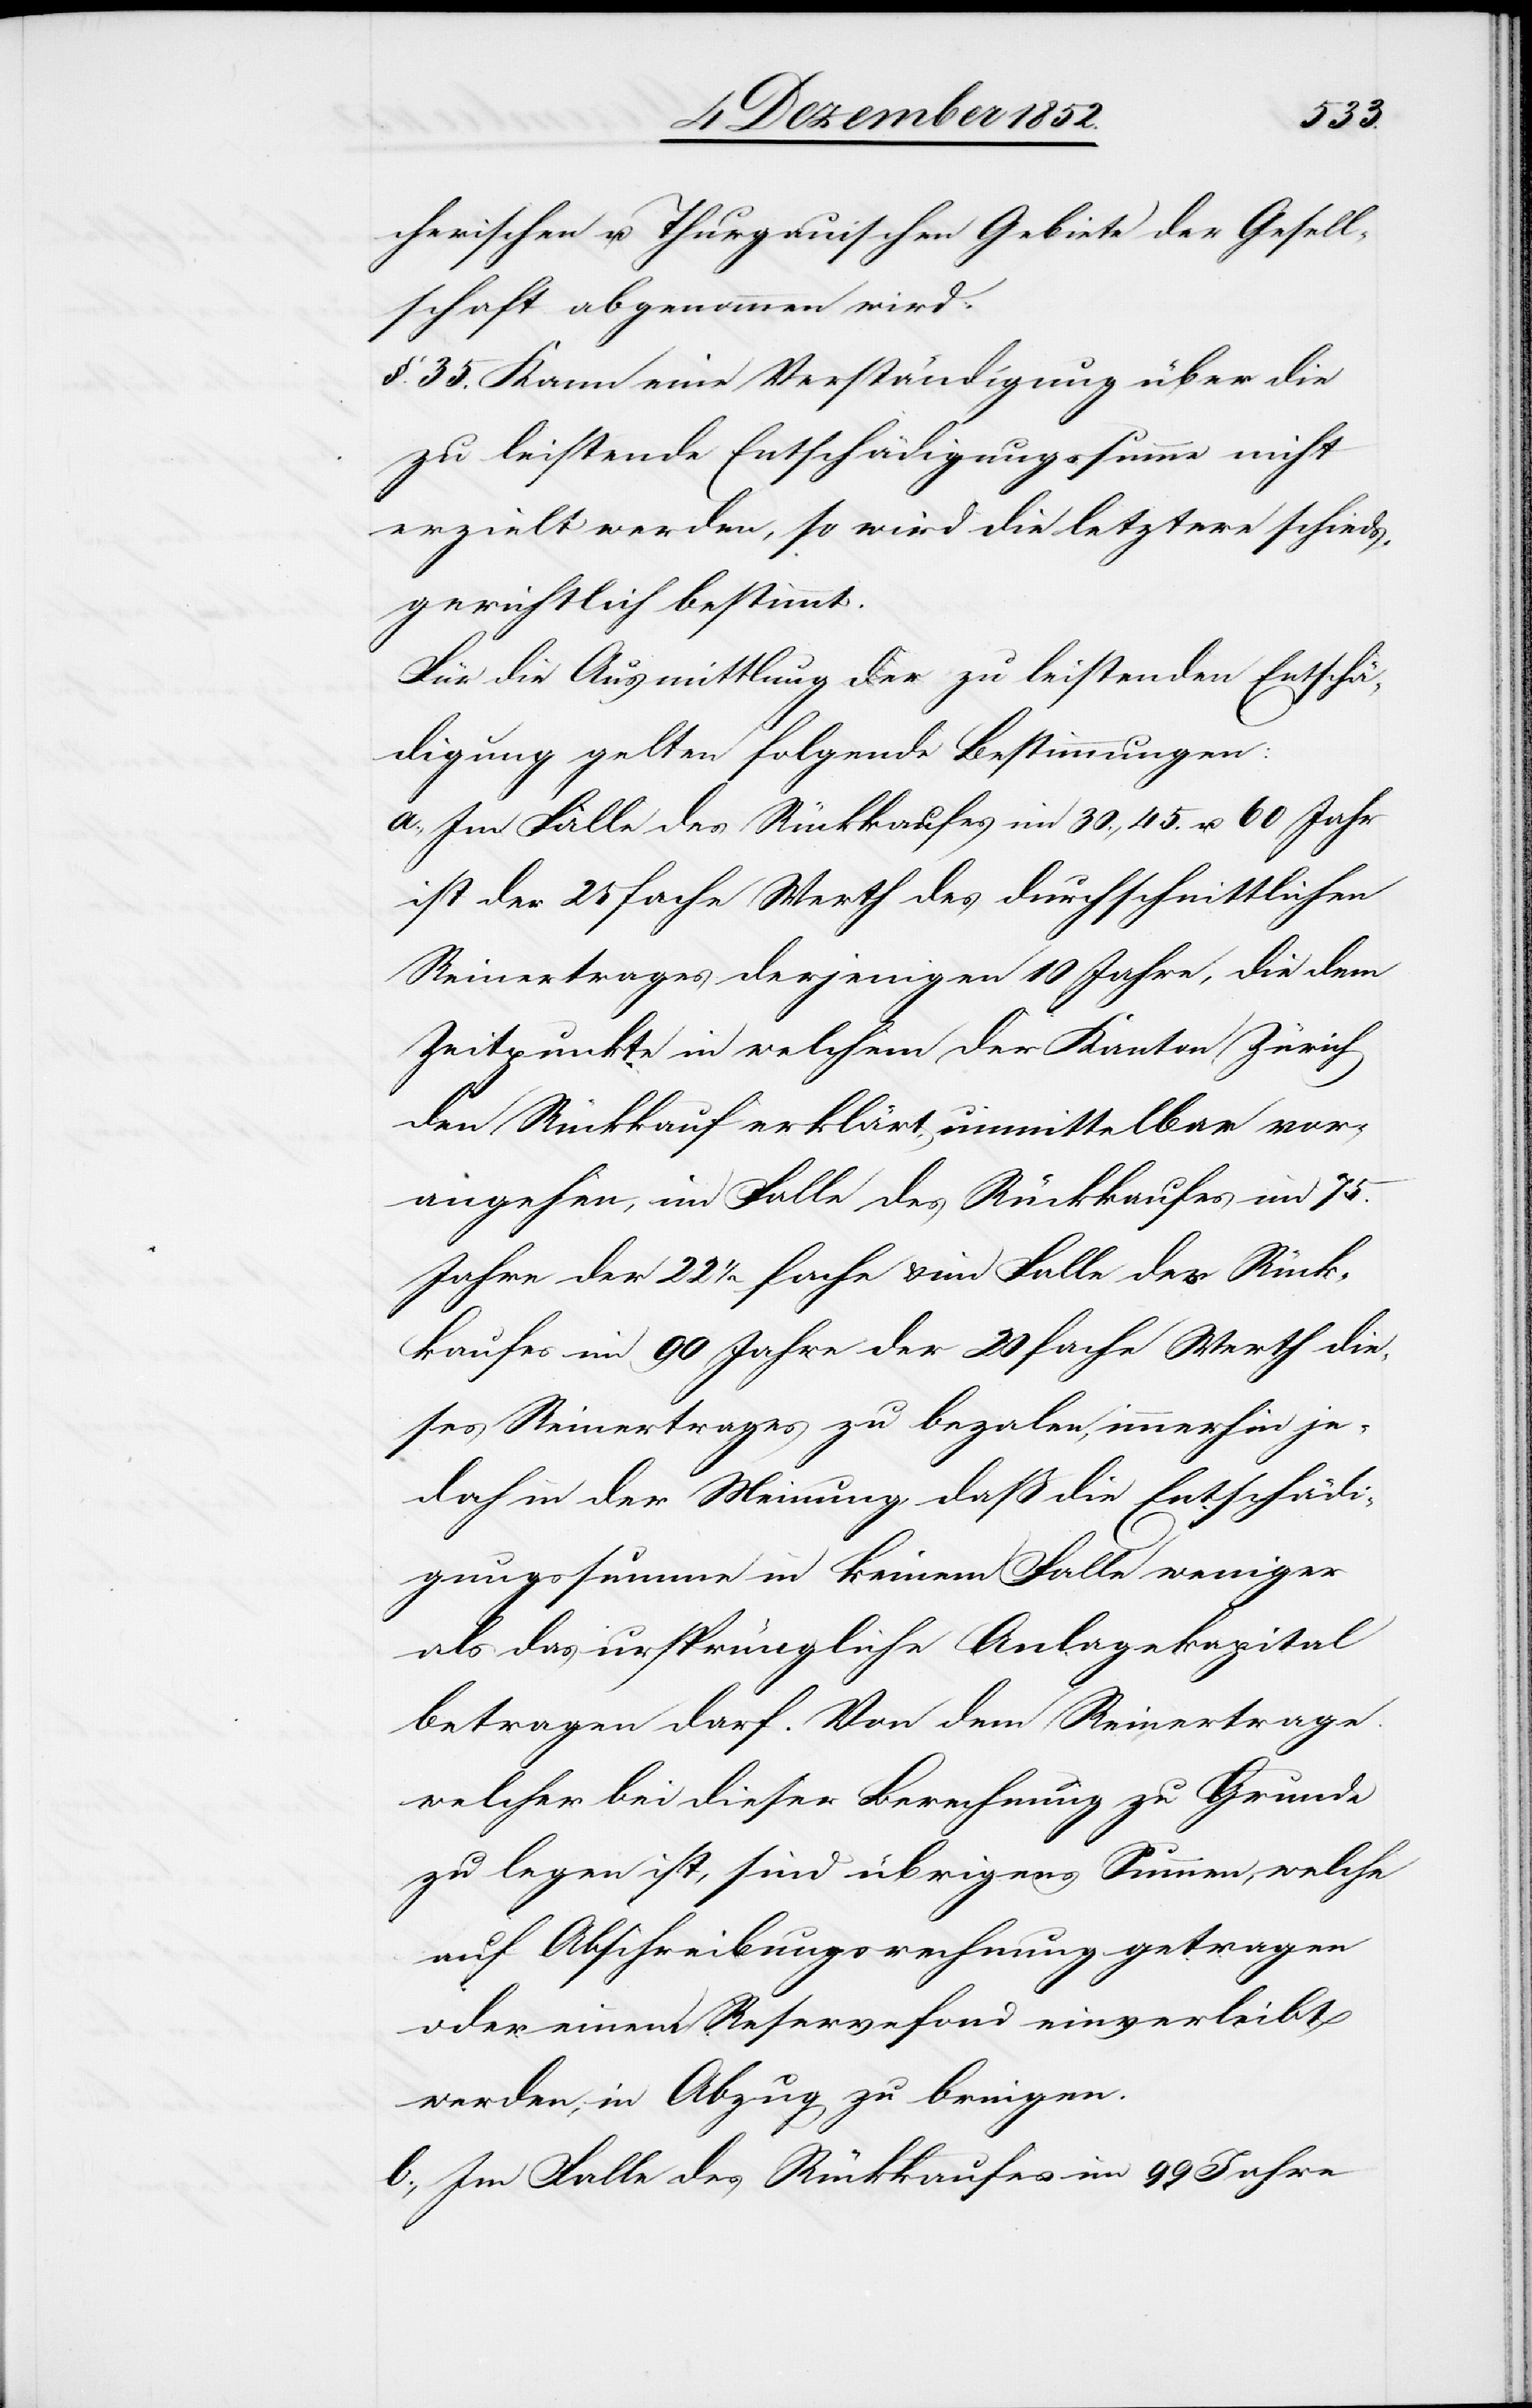
cherischen u. Thurgauischen Gebiete der Gesell¬
schaft abgenommen wird.
§. 35. Kann eine Verständigung über die
zu leistende Entschädigungssumme nicht
erzielt werden, so wird die letztere schieds¬
gerichtlich bestimmt.
Für die Ausmittlung der zu leistenden Entschä¬
digung gelten folgende Bestimmungen:
a., Im Falle des Rückkaufes im 30., 45. u. 60 Jahr
ist der 25 fache Werth des durchschnittlichen
Reinertrages derjenigen 10 Jahre, die dem
Zeitpunkte in welchem der Kanton Zürich
den Rückkauf erklärt, unmittelbar vor¬
angehen, im Falle des Rückkaufes im 75.
Jahre der 22 1/2 fache & im Falle des Rück¬
kaufes im 90 Jahre der 20 fache Werth die¬
ses Reinertrages zu bezalen, immerhin je¬
doch in der Meinung, daß die Entschädi¬
gungssumme in keinem Falle weniger
als das ursprüngliche Anlagekapital
betragen darf. Von dem Reinertrage
welcher bei dieser Berechnung zu Grunde
zu legen ist, sind übrigens Summen, welche
auf Abschreibungsrechnung getragen
oder einem Reservefond einverleibt
werden, in Abzug zu bringen.
b., Im Falle des Rückkaufes im 99 Jahre